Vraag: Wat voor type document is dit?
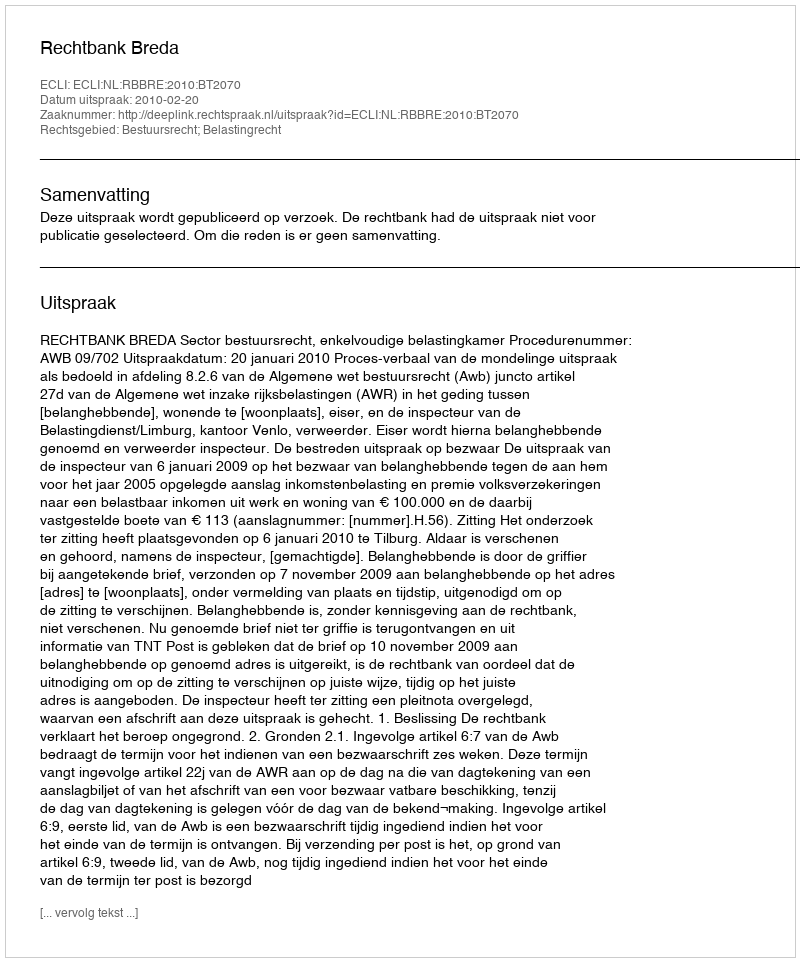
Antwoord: Uitspraak